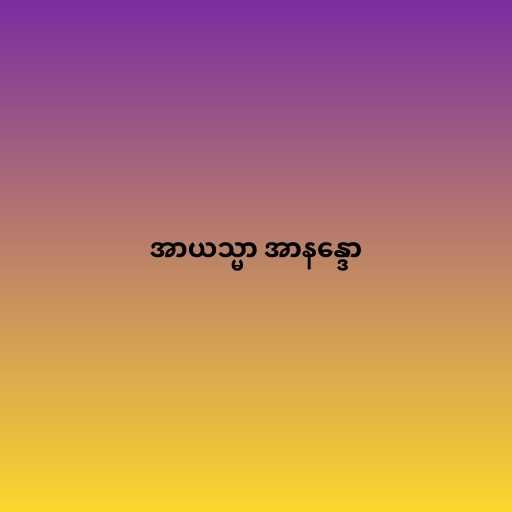
အာယသ္မာ အာနန္ဒော